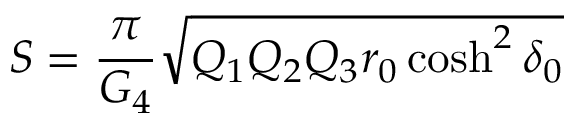
S = { \frac { \pi } { G _ { 4 } } } \sqrt { Q _ { 1 } Q _ { 2 } Q _ { 3 } r _ { 0 } \cosh ^ { 2 } \delta _ { 0 } }